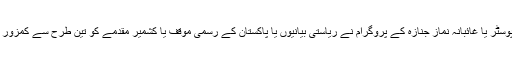
اس پوسٹر یا غائبانہ نماز جنازہ کے پروگرام نے ریاستی بیانیوں یا پاکستان کے رسمی موقف یا کشمیر مقدمے کو تین طرح سے کمزور کیا ۔